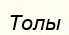
Толы